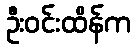
ဦးဝင်းထိန်က